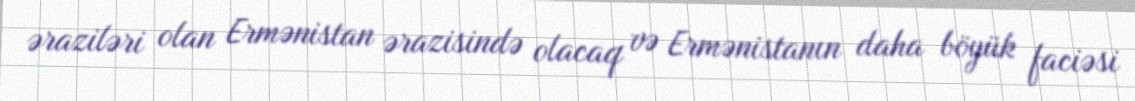
əraziləri olan Ermənistan ərazisində olacaq və Ermənistanın daha böyük faciəsi